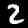
Label: 2